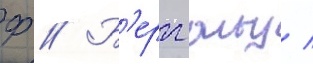
Ф // Б'ерггольц /